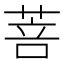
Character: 菩